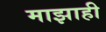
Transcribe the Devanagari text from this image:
माझाही